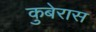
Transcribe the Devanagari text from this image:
कुबेरास